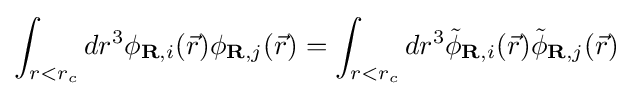
\int _{r<r_{c}}dr^{3}\phi _{\mathbf {R} ,i}({\vec {r}})\phi _{\mathbf {R} ,j}({\vec {r}})=\int _{r<r_{c}}dr^{3}{\tilde {\phi }}_{\mathbf {R} ,i}({\vec {r}}){\tilde {\phi }}_{\mathbf {R} ,j}({\vec {r}})